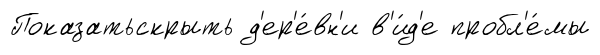
Показатьскрыть д'ер'е́вн'и в'и́д'е пробл'е́мы